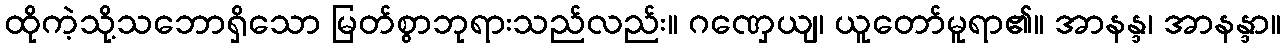
ထိုကဲ့သို့သဘောရှိသော မြတ်စွာဘုရားသည်လည်း။ ဂဏှေယျ၊ ယူတော်မူရာ၏။ အာနန္ဒ၊ အာနန္ဒာ။